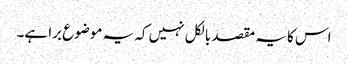
اس کا یہ مقصد بالکل نہیں کہ یہ موضوع برا ہے۔